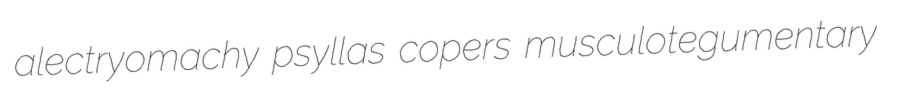
alectryomachy psyllas copers musculotegumentary